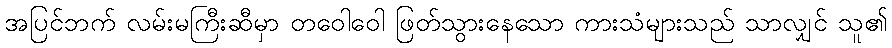
အပြင်ဘက် လမ်းမကြီးဆီမှာ တဝေါဝေါ ဖြတ်သွားနေသော ကားသံများသည် သာလျှင် သူ၏